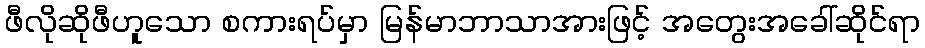
ဖီလိုဆိုဖီဟူသော စကားရပ်မှာ မြန်မာဘာသာအားဖြင့် အတွေးအခေါ်ဆိုင်ရာ